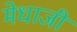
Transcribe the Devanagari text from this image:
मेधाजी